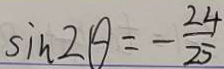
\sin 2 \theta = - \frac { 2 4 } { 2 5 }